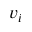
v _ { i }